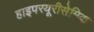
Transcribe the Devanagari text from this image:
हाइपरयूरीसेमिक